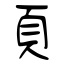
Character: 頁